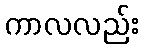
ကာလလည်း